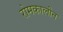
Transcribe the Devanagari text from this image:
रोमकालीन